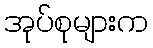
အုပ်စုများက